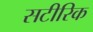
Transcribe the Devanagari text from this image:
सटीरिक